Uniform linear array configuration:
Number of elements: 48
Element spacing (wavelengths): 0.5
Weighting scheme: cosine
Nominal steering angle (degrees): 60
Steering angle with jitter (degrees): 60.03
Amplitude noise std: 0.05
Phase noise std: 0.05

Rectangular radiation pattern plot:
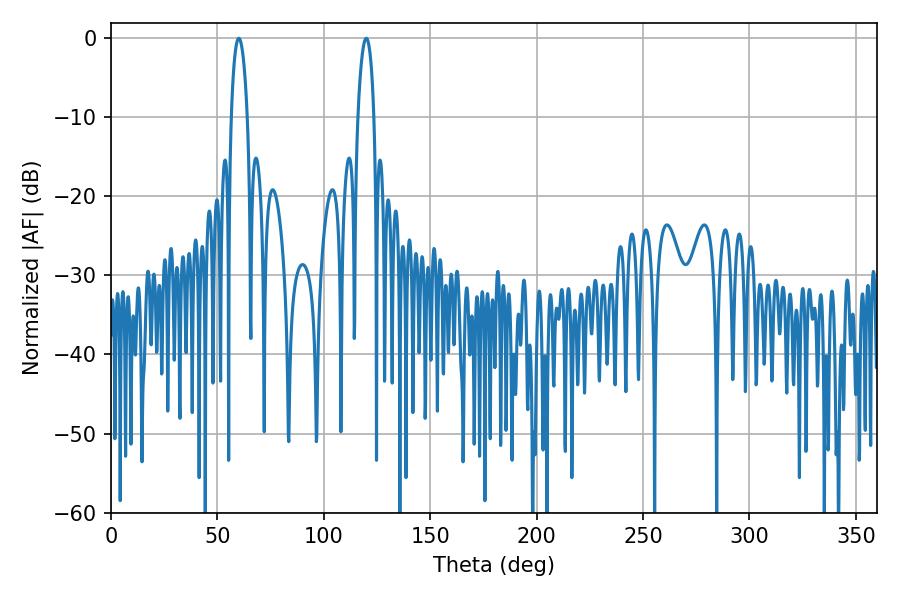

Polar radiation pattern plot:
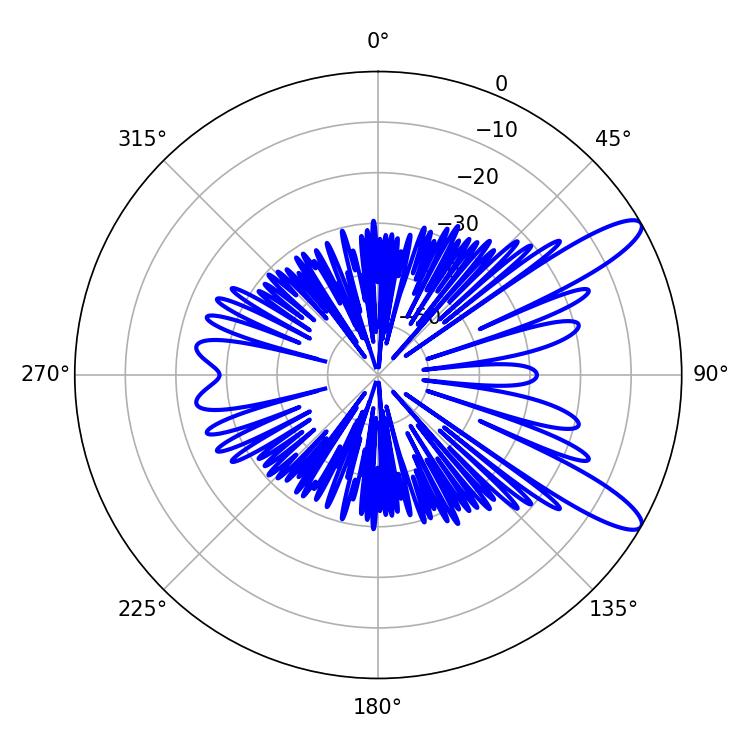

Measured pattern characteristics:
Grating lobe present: FALSE
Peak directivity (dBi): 11.448
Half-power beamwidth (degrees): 4.32
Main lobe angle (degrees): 60.12